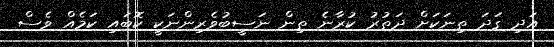
އަދި ގަދަ ތިނަކަށް ދަތުރު ކުރާނެ ތިން ނަސީބުވެރިންނަކީ ކޮބައި ކަމެއް ވެސް